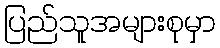
ပြည်သူအများစုမှာ